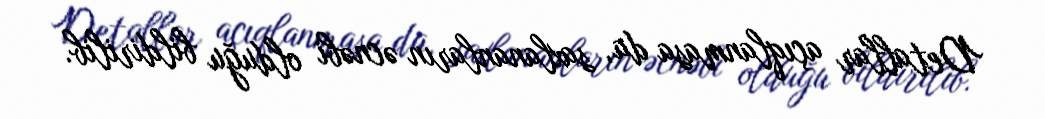
Detallar açıqlanmasa da, saxlananların əcnəbi olduğu bildirilib.